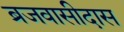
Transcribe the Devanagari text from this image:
ब्रजवासीदास